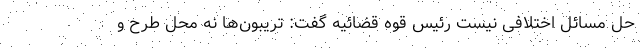
حل مسائل اختلافی نیست رئیس قوه قضائیه گفت: تریبون‌ها نه محل طرح و